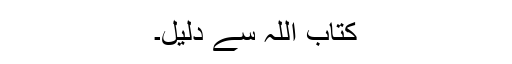
کتاب اللہ سے دلیل۔